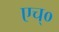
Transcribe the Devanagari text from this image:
एच्‌०